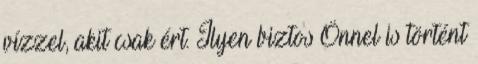
vízzel, akit csak ért. Ilyen biztos Önnel is történt